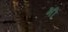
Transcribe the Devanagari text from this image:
भी